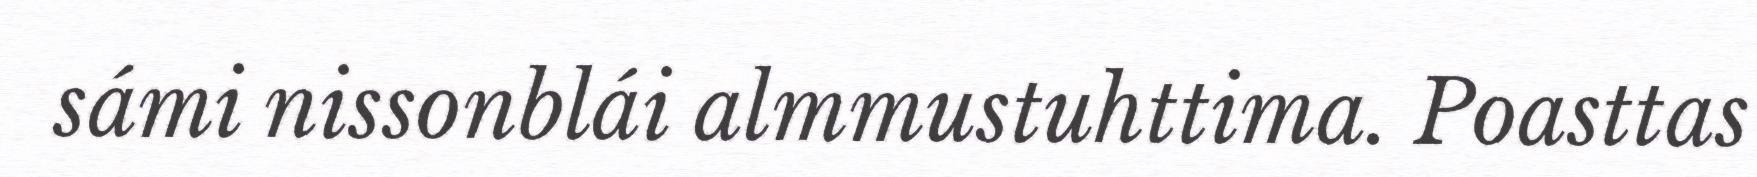
sámi nissonblái almmustuhttima. Poasttas